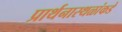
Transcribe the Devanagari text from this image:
प्रार्थनास्थळांकडे